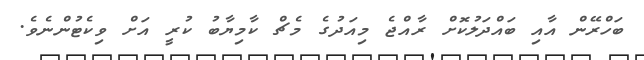
ބަހްރޭން އާއި ބައްދަލުކޮށް ރާއްޖެ މިއަދުގެ މެޗް ކާމިޔާބު ކުރީ އަށް ވިކެޓުންނެވެ.